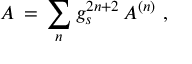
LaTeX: { \cal A } \, = \, \sum _ { n } g _ { s } ^ { 2 n + 2 } \, { \cal A } ^ { ( n ) } \ ,